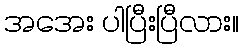
အအေး ပါပြီးပြီလား။